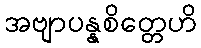
အဗျာပန္နစိတ္တေဟိ